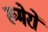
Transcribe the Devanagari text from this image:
ख्मेरों